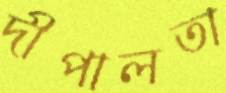
দীপালতা